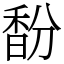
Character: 馚